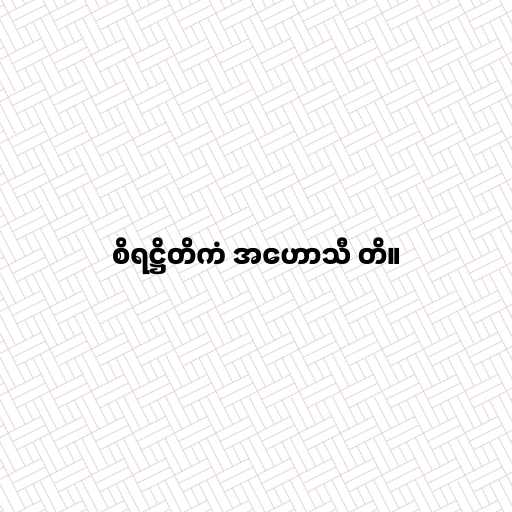
စိရဋ္ဌိတိကံ အဟောသီ တိ။